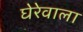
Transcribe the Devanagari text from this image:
घेरेवाला